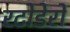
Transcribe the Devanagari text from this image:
रटोडेरो